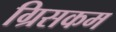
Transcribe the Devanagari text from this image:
ग्रिसकम